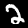
Digit: 2